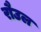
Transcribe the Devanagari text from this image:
रौउल